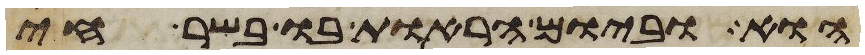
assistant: הוא וביום הראות בו בשר חי